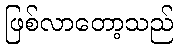
ဖြစ်လာတော့သည်